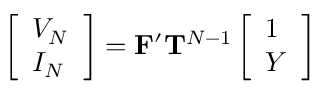
\begin{array} { r } { \left[ \begin{array} { l } { V _ { N } } \\ { I _ { N } } \end{array} \right] = \mathbf { F ^ { \prime } } \mathbf { T } ^ { N - 1 } \left[ \begin{array} { l } { 1 } \\ { Y } \end{array} \right] } \end{array}